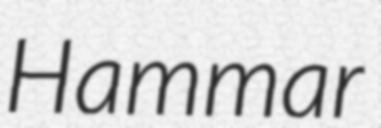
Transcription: Hammar